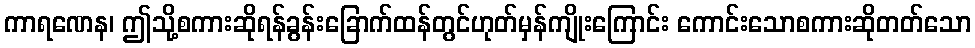
ကာရဏေန၊ ဤသို့စကားဆိုရန်ခွန်းခြောက်ထန်တွင်ဟုတ်မှန်ကျိုးကြောင်း ကောင်းသောစကားဆိုတတ်သော